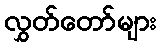
လွှတ်တော်များ